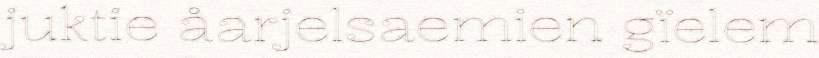
juktie åarjelsaemien gïelem